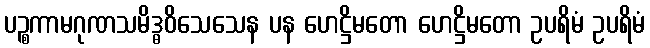
ပဉ္စကာမဂုဏသမိဒ္ဓဝိသေသေန ပန ဟေဋ္ဌိမတော ဟေဋ္ဌိမတော ဥပရိမံ ဥပရိမံ